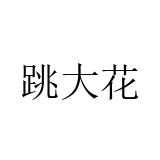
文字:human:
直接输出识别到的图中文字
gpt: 跳大花